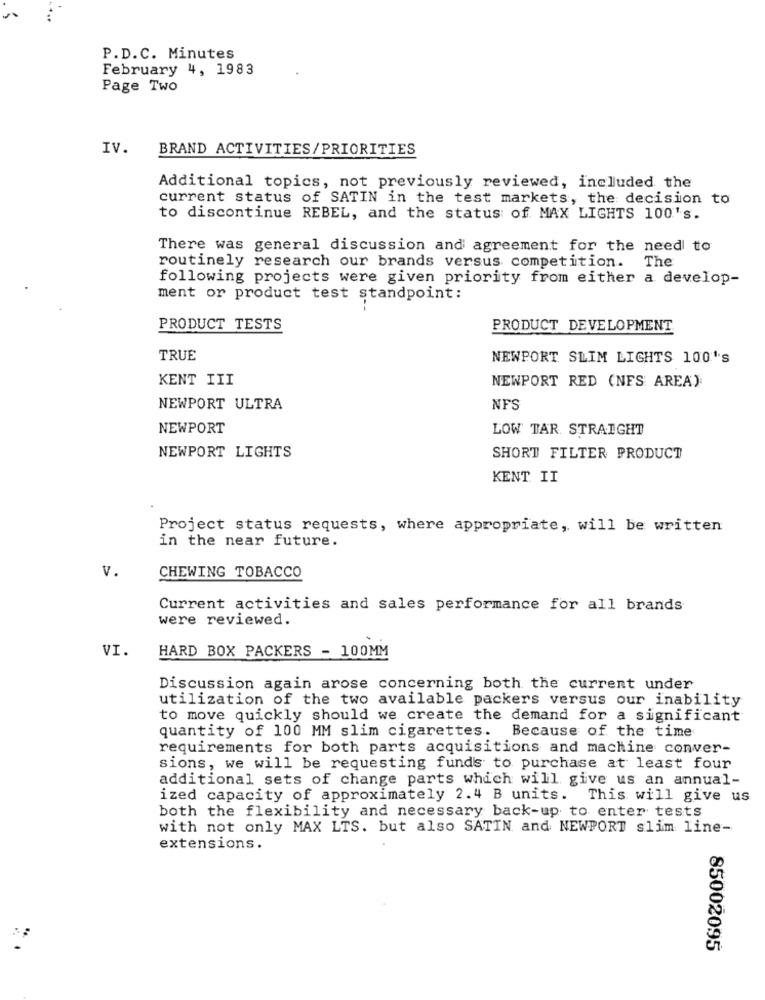
P.D.C. Minutes
February 4, 1983
Page Two
IV.
BRAND ACTIVITIES/PRIORITIES
Additional topics, not previously reviewed, included the
current status of SATIN in the test markets, the decision to
to discontinue REBEL, and the status of MAX LIGHTS 100's.
There was general discussion and agreement for the need to
routinely research our brands versus competition. The
following projects were given priority from either a develop-
ment or product test standpoint:
PRODUCT TESTS
PRODUCT DEVELOPMENT
TRUE
NEWPORT SLIM LIGHTS 100's
KENT III
NEWPORT RED (NES AREA)
NEWPORT ULTRA
NFS
NEWPORT
LOW TAR. STRAIGHT
NEWPORT LIGHTS
SHORT FILTER PRODUCT
KENT II
Project status requests, where appropriate, will be written
in the near future.
V.
CHEWING TOBACCO
Current activities and sales performance for all brands
were reviewed.
VI.
HARD BOX PACKERS - 100MM
Discussion again arose concerning both the current under
utilization of the two available packers versus our inability
to move quickly should we create the demand for a significant
quantity of 100 MM slim cigarettes. Because of the time
requirements for both parts acquisitions and machine conver-
sions, we will be requesting funds to purchase at least four
additional sets of change parts which will give us an annual-
ized capacity of approximately 2.4 B units.
This will give us
both the flexibility and necessary back-up to enter tests
with not only MAX LTS. but also SATIN and NEWPORT slim line-
extensions.
85002095